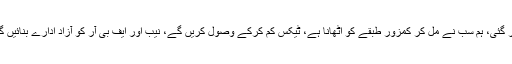
پی ٹی آئی چیئرمین کہتے ہیں کہ تاریخ کا سب سے بڑا معاشی بحران نواز حکومت چھوڑ کر گئی، ہم سب نے مل کر کمزور طبقے کو اٹھانا ہے، ٹیکس کم کرکے وصول کریں گے، نیب اور ایف بی آر کو آزاد ادارے بنائیں گے، یہ وہ قوم بنے گی جو قائداعظم کا خواب تھی، احتساب وہ ہوگا جو مجھ سے شروع ہوگا۔